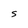
Character: S